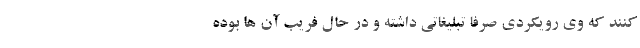
کنند که وی رویکردی صرفاً تبلیغاتی داشته و در حالِ فریبِ آن ها بوده